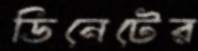
ডিনেটের